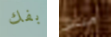
بفك ميللر